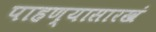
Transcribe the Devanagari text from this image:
पाहण्यासारखं